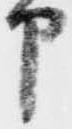
申